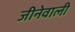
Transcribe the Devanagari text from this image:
जीनेवाली